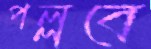
পল্লবে